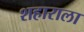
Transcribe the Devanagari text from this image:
शहाराला